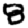
Digit: 8